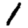
Digit: 1